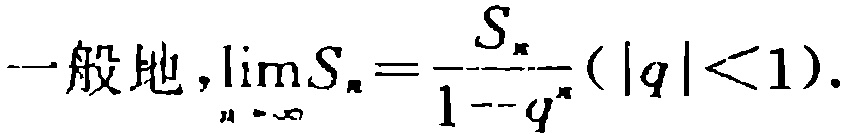
一般地，\(\lim_{n \to \infty}S_{n}=\frac{S_{\infty}}{1 - q}(\vert q\vert<1)\)